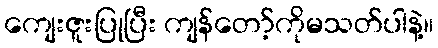
ကျေးဇူးပြုပြီး ကျန်တော့်ကိုမသတ်ပါနဲ့။